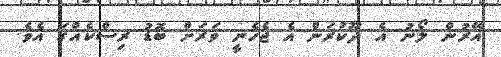
އޭރުން ލޯނު އެ ދޫކުރަން އެ ޖެހެނީ ވަރަށް ބޮޑު ރިސްކެއްގަ އެވެ.